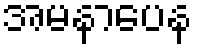
အမနာပေန